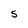
Character: S